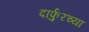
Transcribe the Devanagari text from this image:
दार्फुरच्या